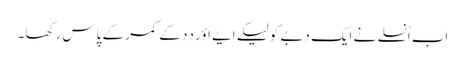
اَب اُنسلے نے ایک دِبے کو لیکے اَیے اؤر دِدِ کے کمر کے پاس رکھا ۔